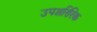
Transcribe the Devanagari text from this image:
उपशरिरिक